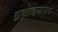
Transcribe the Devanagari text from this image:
ब्रह्मांडनायक